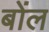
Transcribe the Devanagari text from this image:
बोंल